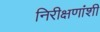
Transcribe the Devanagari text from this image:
निरीक्षणांशी